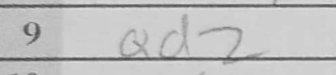
Transcription: Qd2